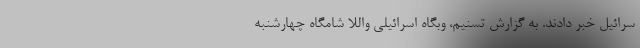
سرائیل خبر دادند. به گزارش تسنیم، وبگاه اسرائیلی واللا شامگاه چهارشنبه